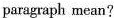
paragraph mean?